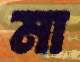
মা